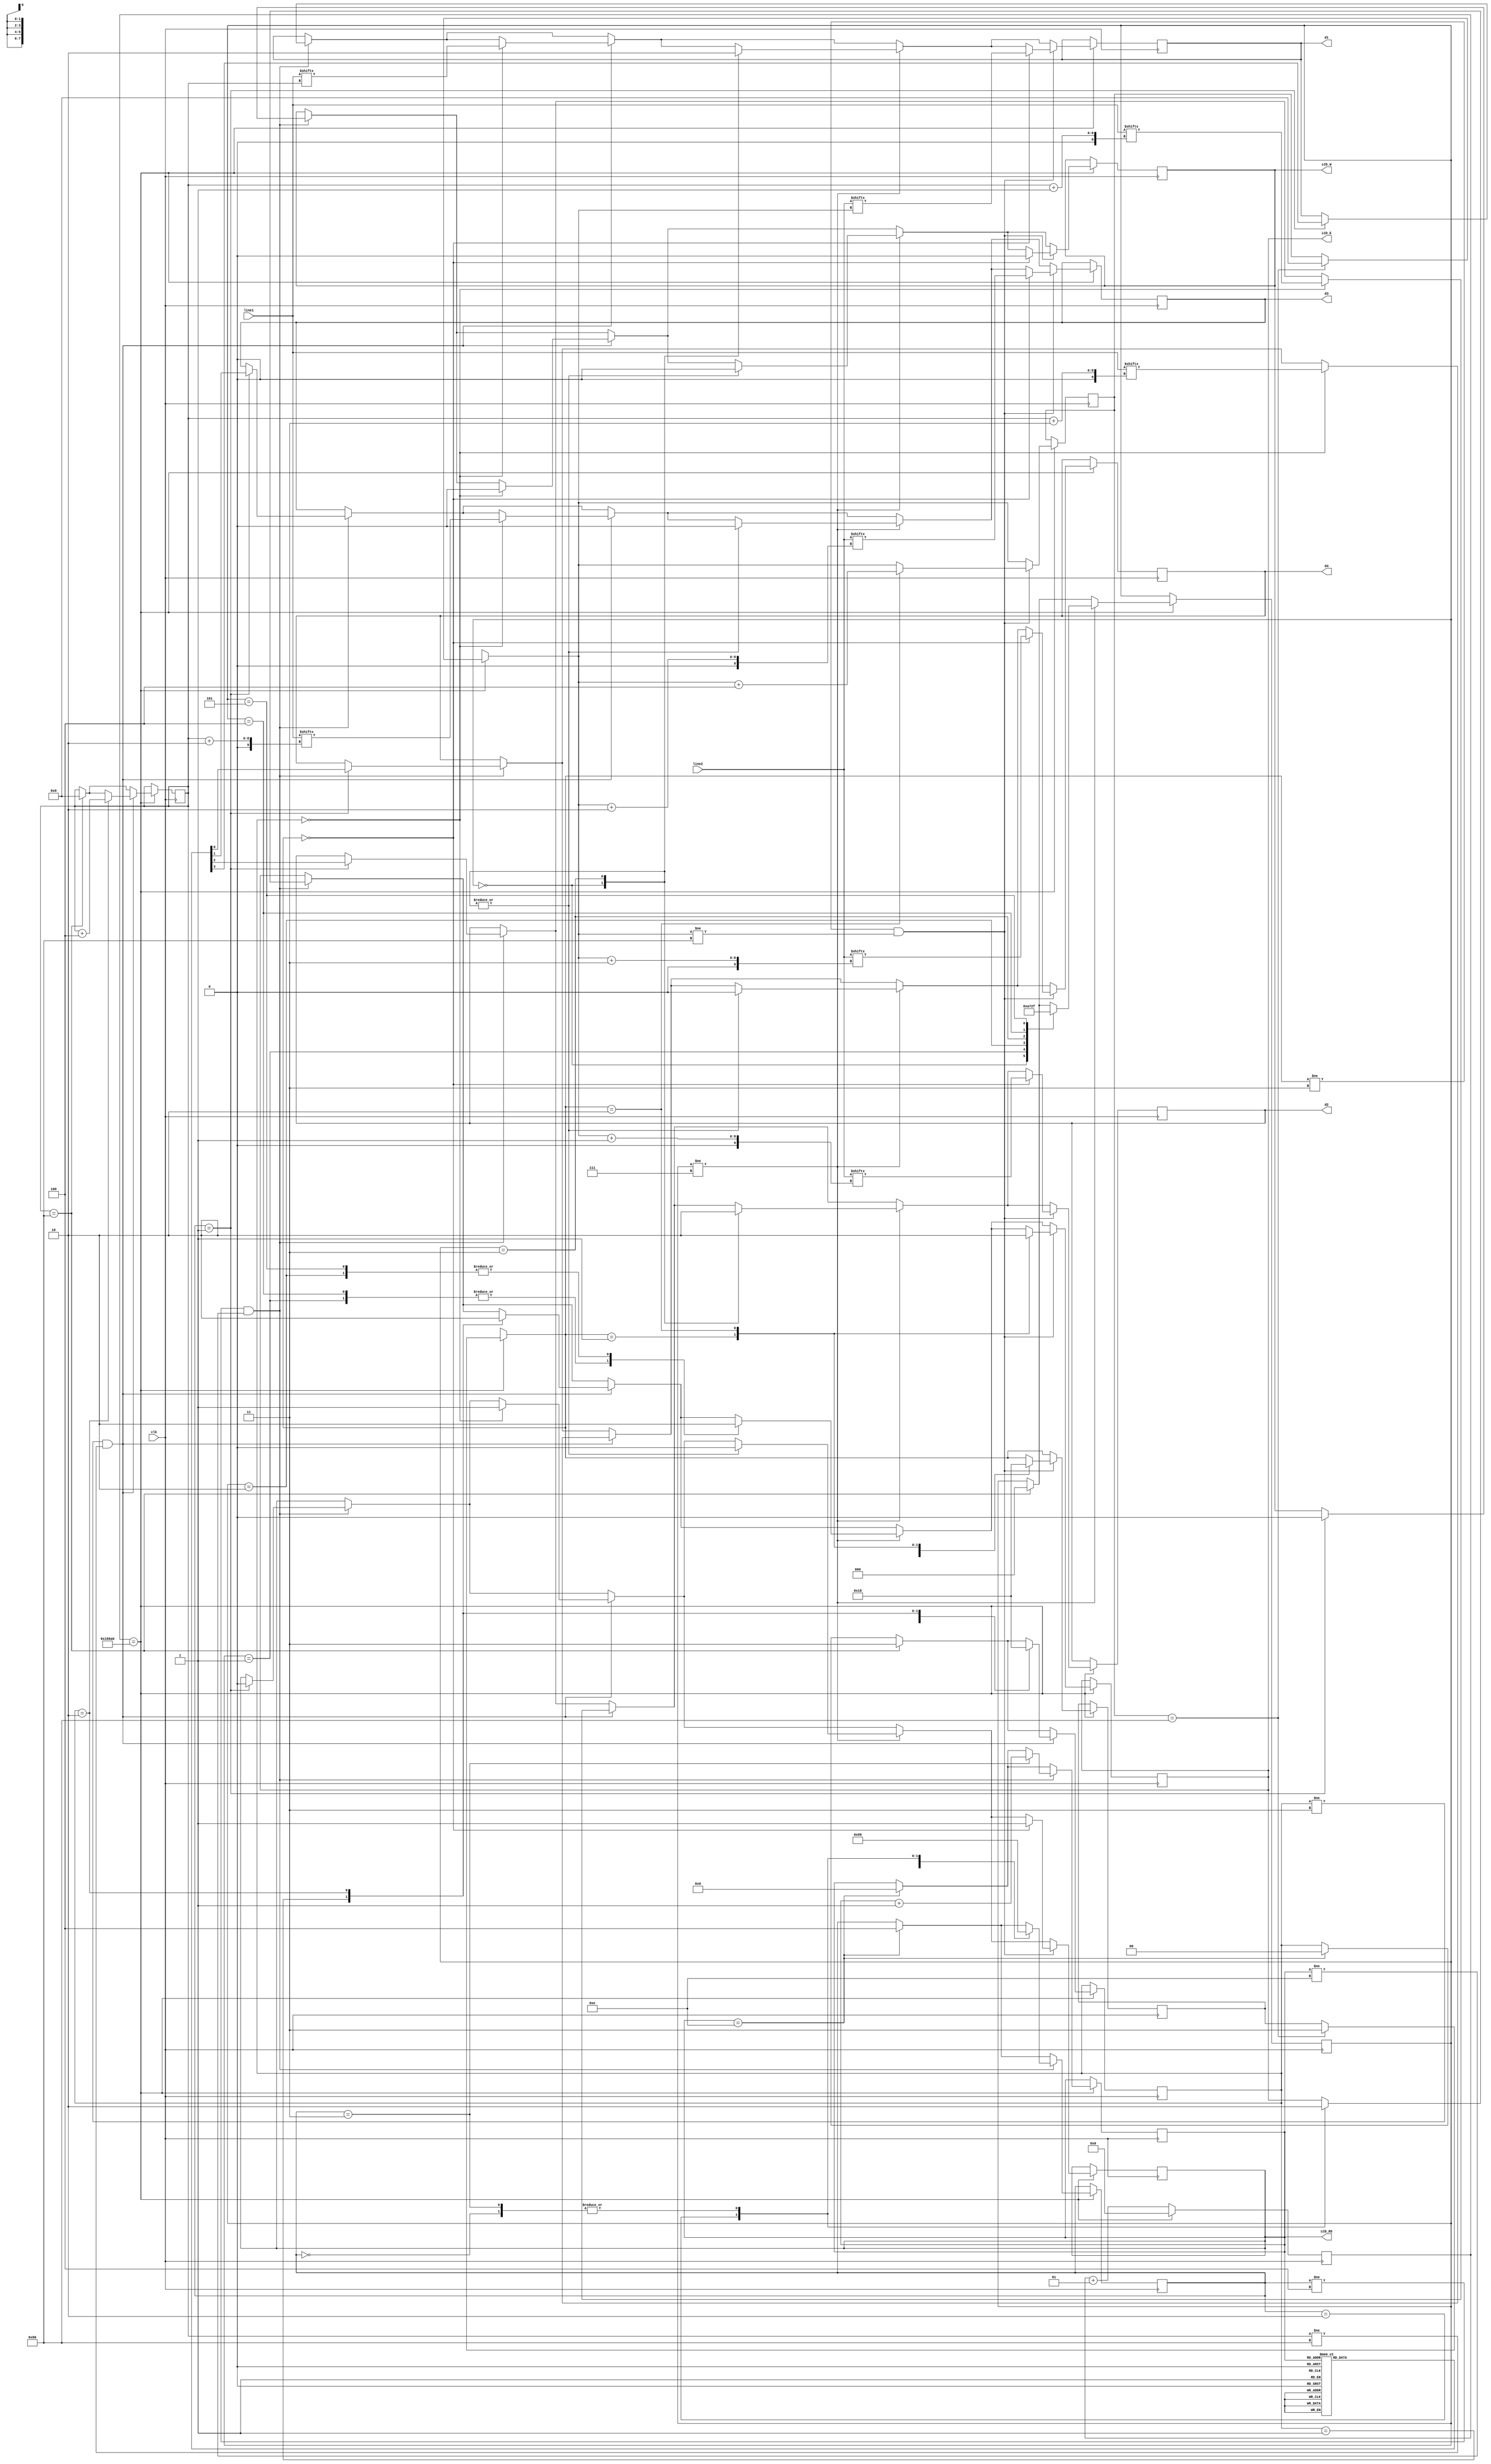
`timescale 1ns / 1ps
//////////////////////////////////////////////////////////////////////////////////
// Company: 
// Engineer: 
// 
// Design Name: 
// Module Name:    LCD_driver 
// Project Name: 
// Target Devices: 
// Tool versions: 
// Description: 
//
// Dependencies: 
//
// Revision: 
// Revision 0.01 - File Created
// Additional Comments: 
//
//////////////////////////////////////////////////////////////////////////////////
module LCD_driver(clk,LCD_E,LCD_RS,LCD_W,line1,line2,d1,d2,d3,d4
    );
	 input clk;
	 input [127:0] line1;
	 input [127:0] line2;
	 output d1,d2,d3,d4,LCD_E,LCD_RS,LCD_W;
	 reg d1,d2,d3,d4,LCD_E,LCD_RS,LCD_W;
	 integer counter=0;
	 reg [1:0] state1=3;
	 reg [7:0] index1=0;
	 reg [1:0] state2=3;
	 reg [7:0] index2=0;
	 reg [3:0] mem_index=0;
	 reg [3:0] mem [0:13];
	 reg [2:0] breakline = 7;
	 reg [2:0] state = 0;
	 initial begin
	  mem[0] = 6'h03;
     mem[1] = 6'h03;
     mem[2] = 6'h03;
     mem[3] = 6'h02;
     mem[4] = 6'h02;
     mem[5] = 6'h08;
     mem[6] = 6'h00;
     mem[7] = 6'h06;
     mem[8] = 6'h00;
     mem[9] = 6'h0c;
     mem[10] = 6'h00;
     mem[11] = 6'h01;
     mem[12]= 6'h08;
     mem[13] = 6'h00;	  
	 end
    always @(posedge clk)begin
	 if(counter==100000)begin
	   counter <= 0;
		if(mem_index==14)begin
		  state<=4;
		  mem_index<=0;
		  state1<=0;
		end
		if((state!=4)&(mem_index!=14))begin
		  case(state)
		    0: begin
			    LCD_E<=0;
				 state<=1;
			 end
			 
			 1: begin
			   {LCD_RS,LCD_W,d1,d2,d3,d4}<=mem[mem_index];
				state<=2;
				end
			 2: begin
			   LCD_E<=1;
				state<=3;
			 end
			 3: begin
			   LCD_E<=0;
				state<=1;
				mem_index<=mem_index+1;
			 end
			 endcase
		end
    if(index1==128)begin
	   state1<=3;
		index1<=0;
		breakline<=0;
	 end
    if((state1!=3)&(index1!=128))begin
	   case(state1)
		  0: begin
		    {LCD_RS,LCD_W,d1,d2,d3,d4}<={2'h2,line1[index1],line1[index1+1],line1[index1+2],line1[index1+3]};
          state1<=1;		  
		  end
		  1: begin
		    LCD_E<=1;
			 state1<=2;
		  end
		  2: begin
		    LCD_E<=0;
			 state1<=0;
			 index1<=index1+4;
		  end
		  endcase
	 end
	 if(breakline!=7)begin
	   case(breakline)
		  0: begin
		   {LCD_RS,LCD_W,d1,d2,d3,d4}<=6'h0c;
				breakline<=1;
		  end
		  1: begin
		    LCD_E<=1;
			 breakline<=2;
		  end
		  2: begin
		    LCD_E<=0;
			 breakline<=3;
		  end
		  3: begin
		    {LCD_RS,LCD_W,d1,d2,d3,d4}<=6'h00;
			 breakline<=4;
		  end
		  4: begin
		    LCD_E<=1;
			 breakline<=5;
		  end
		  5: begin
		    LCD_E<=0;
			 breakline<=7;
			 state2<=0;
		  end
		endcase
	 end
	 if(index2==128)begin
	   state2=3;
           index2=0;
	 end
	 if((state2!=3)&(index2!=128))begin
	   case(state2)
		  0: begin
		    {LCD_RS,LCD_W,d1,d2,d3,d4}<={2'h2,line2[index2],line2[index2+1],line2[index2+2],line2[index2+3]};
          state2<=1;		  
		  end
		  1: begin
		    LCD_E<=1;
			 state2<=2;
		  end
		  2: begin
		    LCD_E<=0;
			 state2<=0;
			 index2<=index2+4;
		  end
		  endcase
	 end
	 end
	 else begin
	   counter = counter+1;
	 end
	 end

endmodule